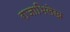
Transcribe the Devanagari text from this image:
राजाभिलेख